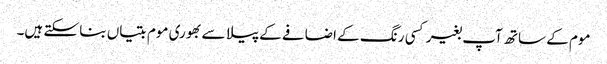
موم کے ساتھ آپ بغیر کسی رنگ کے اضافے کے پیلا سے بھوری موم بتیاں بنا سکتے ہیں۔